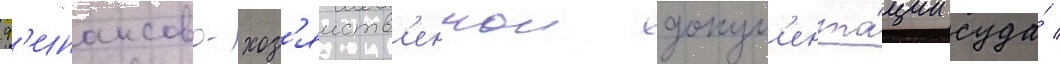
ф'инансово-хоз'яиств'еннои докум'ента́ции суда́ /